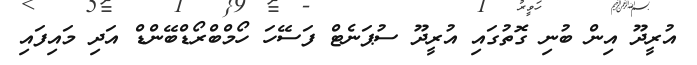
އުރީދޫ އިން ބުނި ގޮތުގައި އުރީދޫ ސުޕަނެޓް ފަސޭހަ ހޯމްބްރޯޑްބޭންޑް އަދި މައިފައި